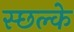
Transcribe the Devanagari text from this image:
स्छल्के